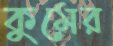
কুমের